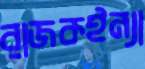
রাজকইন্যা